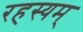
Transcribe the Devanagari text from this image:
रहस्यम्